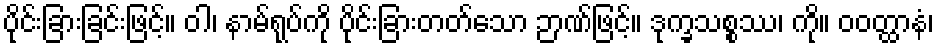
ပိုင်းခြားခြင်းဖြင့်။ ဝါ၊ နာမ်ရုပ်ကို ပိုင်းခြားတတ်သော ဉာဏ်ဖြင့်။ ဒုက္ခသစ္စဿ၊ ကို။ ဝဝတ္ထာနံ၊